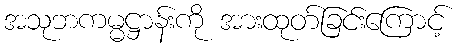
အသုဘကမ္မဋ္ဌာန်းကို အားထုတ်ခြင်းကြောင့်